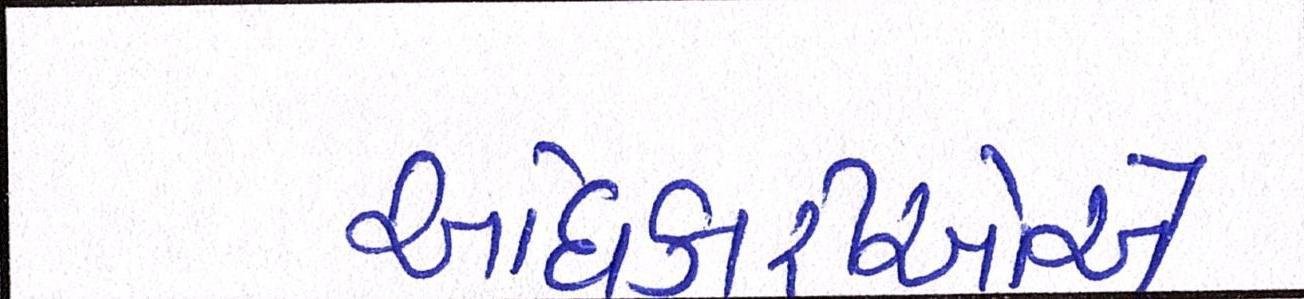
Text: અધિકારીઓએ